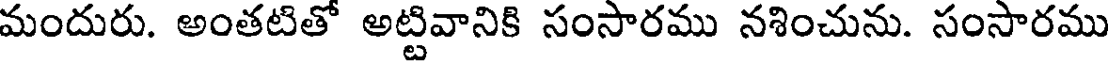
మందురు. అంతటితో అట్టివానికి సంసారము నశించును. సంసారము